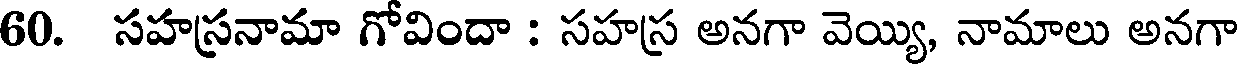
60. సహస్రనామా గోవిందా : సహస్ర అనగా వెయ్యి, నామాలు అనగా